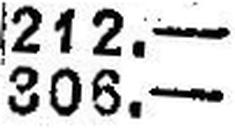
306.—